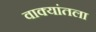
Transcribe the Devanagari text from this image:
वाक्यांतला